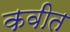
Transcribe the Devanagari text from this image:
कवीत